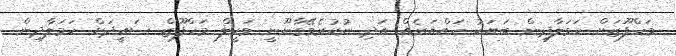
މަހްފޫޒަށް ހަމަލާދިން ބަޔަކު ހައްޔަރެއް އަދި ނުކުރެވޭގާނޫނީ ވަކީލް މަހްފޫޒް ސައީދަށް ހަމަލާދިން